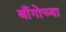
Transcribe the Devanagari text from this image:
बाँगोच्या